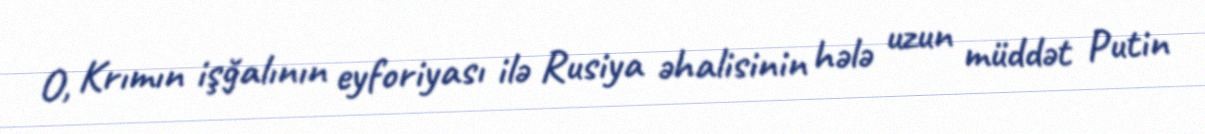
O, Krımın işğalının eyforiyası ilə Rusiya əhalisinin hələ uzun müddət Putin